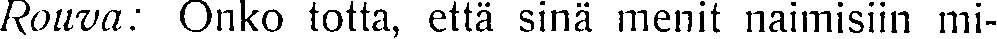
Rouva: Onko totta, että sinä menit naimisiin mi-